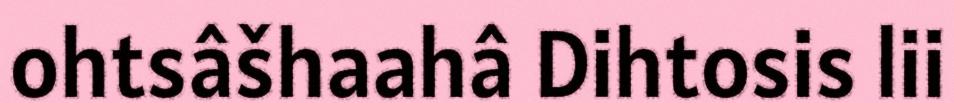
ohtsâšhaahâ Dihtosis lii